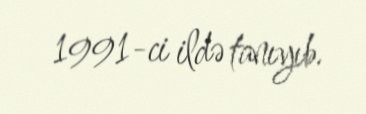
1991-ci ildə tanıyıb.